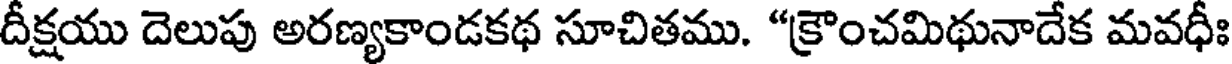
దీక్షయు దెలుపు అరణ్యకాండకథ సూచితము. "క్రౌంచమిథునాదేక మవధీః